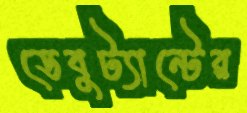
ডেবুট্যান্টের